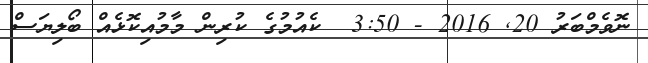
ނޮވެމްބަރު 20